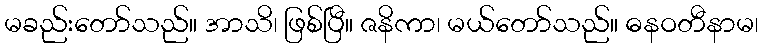
မခည်းတော်သည်။ အာသိ၊ ဖြစ်ပြီ။ ဇနိကာ၊ မယ်တော်သည်။ ဓနဝတီနာမ၊